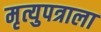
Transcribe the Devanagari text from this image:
मृत्युपत्राला